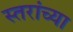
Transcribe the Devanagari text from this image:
स्तरांच्या